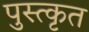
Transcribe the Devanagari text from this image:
पुस्त्कृत